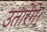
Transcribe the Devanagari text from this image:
उतारेंगे।